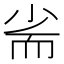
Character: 𡭺